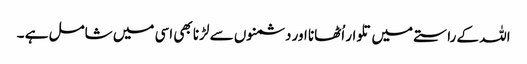
اللہ کے راستے میں تلوار اُٹھانا اور دشمنوں سے لڑنا بھی اسی میں شامل ہے ۔